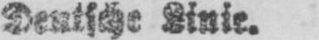
Deutsche Linie.